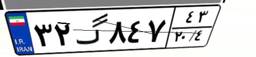
۳۲گ۸۴۷۴۳